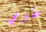
طومي